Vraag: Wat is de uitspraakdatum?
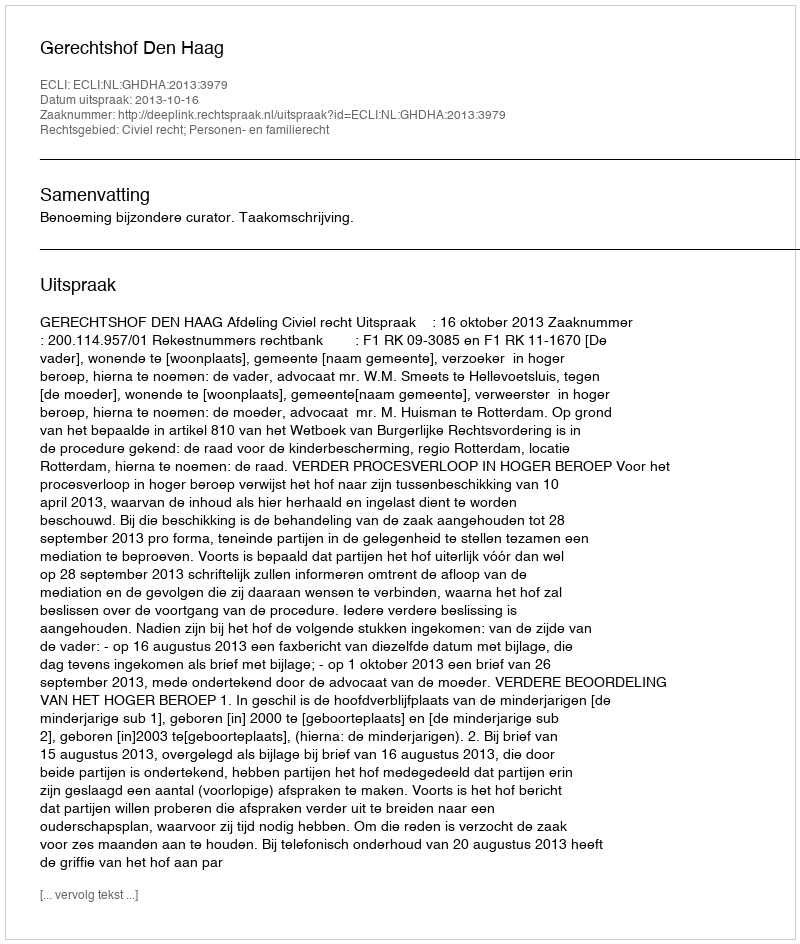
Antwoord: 2013-10-16